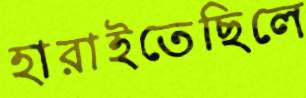
হারাইতেছিলে